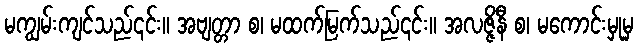
မကျွမ်းကျင်သည်၎င်း။ အဗျတ္တာ စ၊ မထက်မြက်သည်၎င်း။ အလဇ္ဇိနီ စ၊ မကောင်းမှုမှ